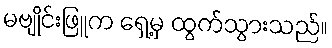
မဗျိုင်းဖြူက ရှေ့မှ ထွက်သွားသည်။